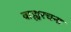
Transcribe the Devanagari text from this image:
बाह्यरचना